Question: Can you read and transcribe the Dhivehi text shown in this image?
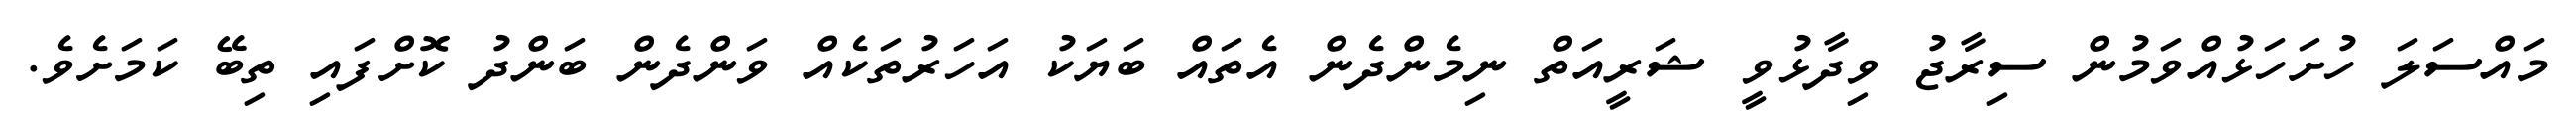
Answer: މައްސަލަ ހުށަހަޅުއްވަމުން ސިރާޖު ވިދާޅުވީ ޝަރީއަތް ނިމެންދެން އެތައް ބަޔަކު އަހަރުތަކެއް ވަންދެން ބަންދު ކޮށްފައި ތިބޭ ކަމަށެވެ.